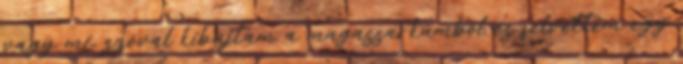
vagy mi, szóval kibújtam a magassarkúmból és felvettem egy